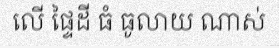
លើ ផ្ទៃដី ធំ ធូលាយ ណាស់